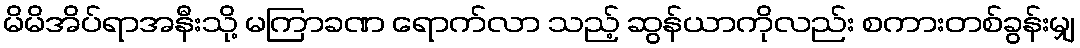
မိမိအိပ်ရာအနီးသို့ မကြာခဏ ရောက်လာ သည့် ဆွန်ယာကိုလည်း စကားတစ်ခွန်းမျှ